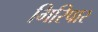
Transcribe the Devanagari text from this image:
गिरिपार